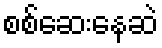
စစ်ဆေးနေဆဲ